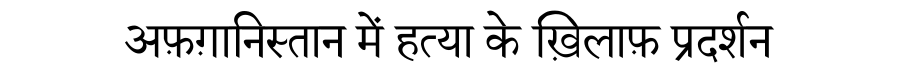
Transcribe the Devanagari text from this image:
अफ़ग़ानिस्तान में हत्या के ख़िलाफ़ प्रदर्शन